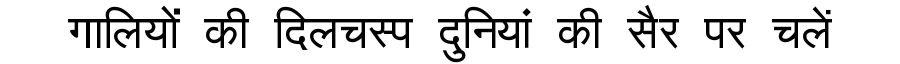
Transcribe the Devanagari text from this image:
गालियों की दिलचस्प दुनियां की सैर पर चलें